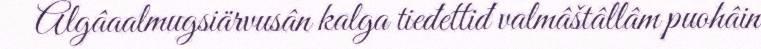
Algâaalmugsiärvusân kalga tieđettiđ valmâštâllâm puohâin